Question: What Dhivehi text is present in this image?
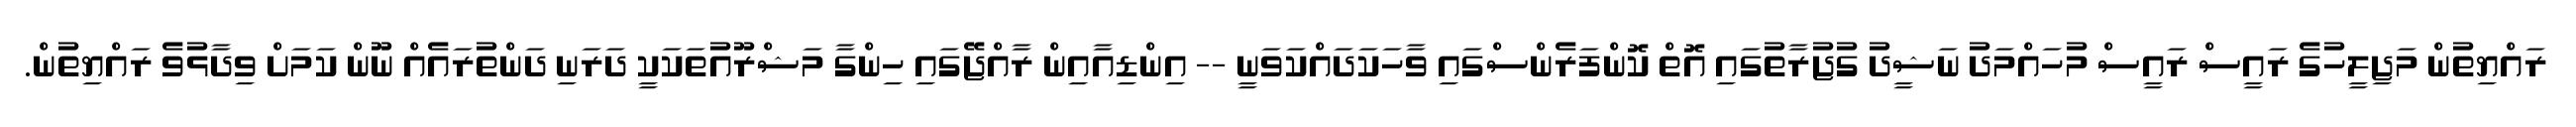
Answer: ރައްޔިތުން މަޖިލީހުގެ ރައީސް ރައީސް މުހައްމަދު ނަޝީދު ގުޖުރާތުގައި އޮތް ކޮންފަރެންސްގައި ވާހަކަދައްކަވަނީ -- އިންޑިއާއިން ރާއްޖޭގައި ހިންގާ މަޝްރޫއުތަކަކީ ދަރަނި ދަންތުރައެއް ނޫން ކަމަށް ވިދާޅުވެ ރައްޔިތުން.